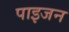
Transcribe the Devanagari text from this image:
पाइजन